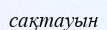
сақтауын